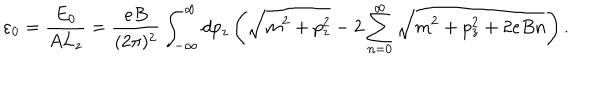
\varepsilon _ { 0 } = \frac { E _ { 0 } } { A L _ { z } } = \frac { e B } { ( 2 \pi ) ^ { 2 } } \int _ { - \infty } ^ { \infty } d p _ { z } \left( \sqrt { m ^ { 2 } + p _ { z } ^ { 2 } } - 2 \sum _ { n = 0 } ^ { \infty } \sqrt { m ^ { 2 } + p _ { z } ^ { 2 } + 2 e B n } \right) .